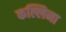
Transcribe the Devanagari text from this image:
कल्लिना